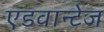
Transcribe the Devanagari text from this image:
एडवान्टेज